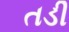
તડી